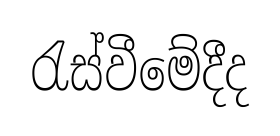
රැස්වීමේදීද